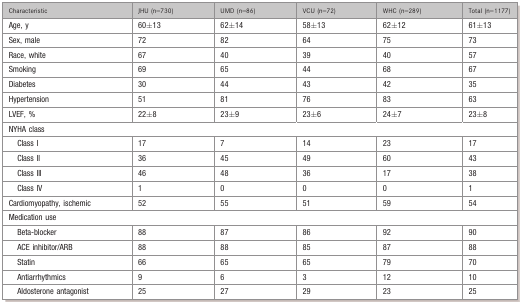
| Characteristic | JHU (n=730) | UMD (n=86) | VCU (n=72) | WHC (n=289) | Total (n=1177) |
 | --- | --- | --- | --- | --- | --- |
 | Age, y | 60±13 | 62±14 | 58±13 | 62±12 | 61±13 |
 | Sex, male | 72 | 82 | 64 | 75 | 73 |
 | Race, white | 67 | 40 | 39 | 40 | 57 |
 | Smoking | 69 | 65 | 44 | 68 | 67 |
 | Diabetes | 30 | 44 | 43 | 42 | 35 |
 | Hypertension | 51 | 81 | 76 | 83 | 63 |
 | LVEF, % | 22±8 | 23±9 | 23±6 | 24±7 | 23±8 |
 | <COLSPAN=6> NYHA class |
 | Class I | 17 | 7 | 14 | 23 | 17 |
 | Class II | 36 | 45 | 49 | 60 | 43 |
 | Class III | 46 | 48 | 36 | 17 | 38 |
 | Class IV | 1 | 0 | 0 | 0 | 1 |
 | Cardiomyopathy, ischemic | 52 | 55 | 51 | 59 | 54 |
 | <COLSPAN=6> Medication use |
 | Beta‐blocker | 88 | 87 | 86 | 92 | 90 |
 | ACE inhibitor/ARB | 88 | 88 | 85 | 87 | 88 |
 | Statin | 66 | 65 | 65 | 79 | 70 |
 | Antiarrhythmics | 9 | 6 | 3 | 12 | 10 |
 | Aldosterone antagonist | 25 | 27 | 29 | 23 | 25 |